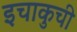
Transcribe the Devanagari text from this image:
इचाकुची